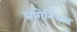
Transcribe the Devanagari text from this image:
भगिनिभाव